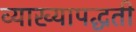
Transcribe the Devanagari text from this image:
व्याख्यापद्धती